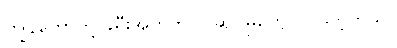
ကျွန်တော်တို့ ခရီးအတွက်ပြင်ဆင်မှုတွေလုပ်သင့်တယ်။